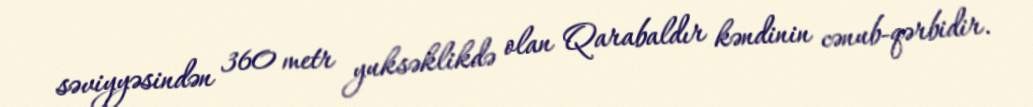
səviyyəsindən 360 metr yuksəklikdə olan Qarabaldır kəndinin cənub-qərbidir.